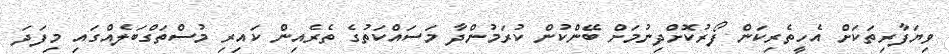
ވިޔަފާރިތަކަށް އެހީތެރިކަން ފޯރުކޮށްދިނުމަށް ބޭންކުން ކުރަމުންދާ މަސައްކަތުގެ ތެރެއިން ކައިރި މުސްތަގްބަލެއްގައި މިފަދަ